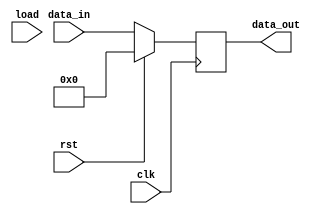
module register
#(parameter integer WIDTH = 8)
(input [WIDTH-1:0] data_in, 
 input load, clk, rst,
 output reg[WIDTH-1:0] data_out
);

always @(posedge clk)
	begin
	#10 data_out <= data_in;
		if(rst == 1)
			data_out <= 8'b00000000;
	end
endmodule